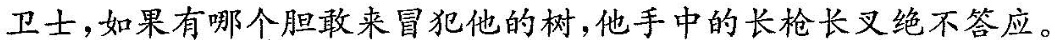
卫士，如果有哪个胆敢来冒犯他的树，他手中的长枪长叉绝不答应。